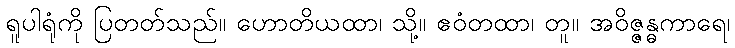
ရူပါရုံကို ပြတတ်သည်။ ဟောတိယထာ၊ သို့။ ဧဝံတထာ၊ တူ။ အဝိဇ္ဇန္ဓကာရေ၊